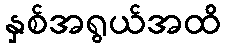
နှစ်အရွယ်အထိ